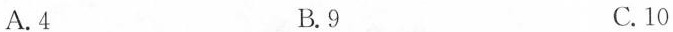
A.4 B.9 C.10